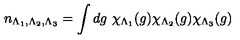
n _ { \Lambda _ { 1 } , \Lambda _ { 2 } , \Lambda _ { 3 } } = \int d g \ \chi _ { \Lambda _ { 1 } } ( g ) \chi _ { \Lambda _ { 2 } } ( g ) \chi _ { \Lambda _ { 3 } } ( g )